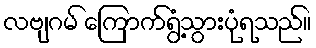
လဗျဂမ် ကြောက်ရွံ့သွားပုံရသည်။